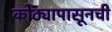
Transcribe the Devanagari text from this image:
कोठ्यापासूनची